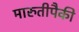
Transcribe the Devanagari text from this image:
मारुतीपैकी